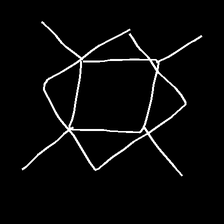
Glyph: light